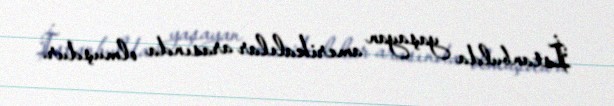
İstanbulda yaşayan amerikalılar arasında olmuşdur.